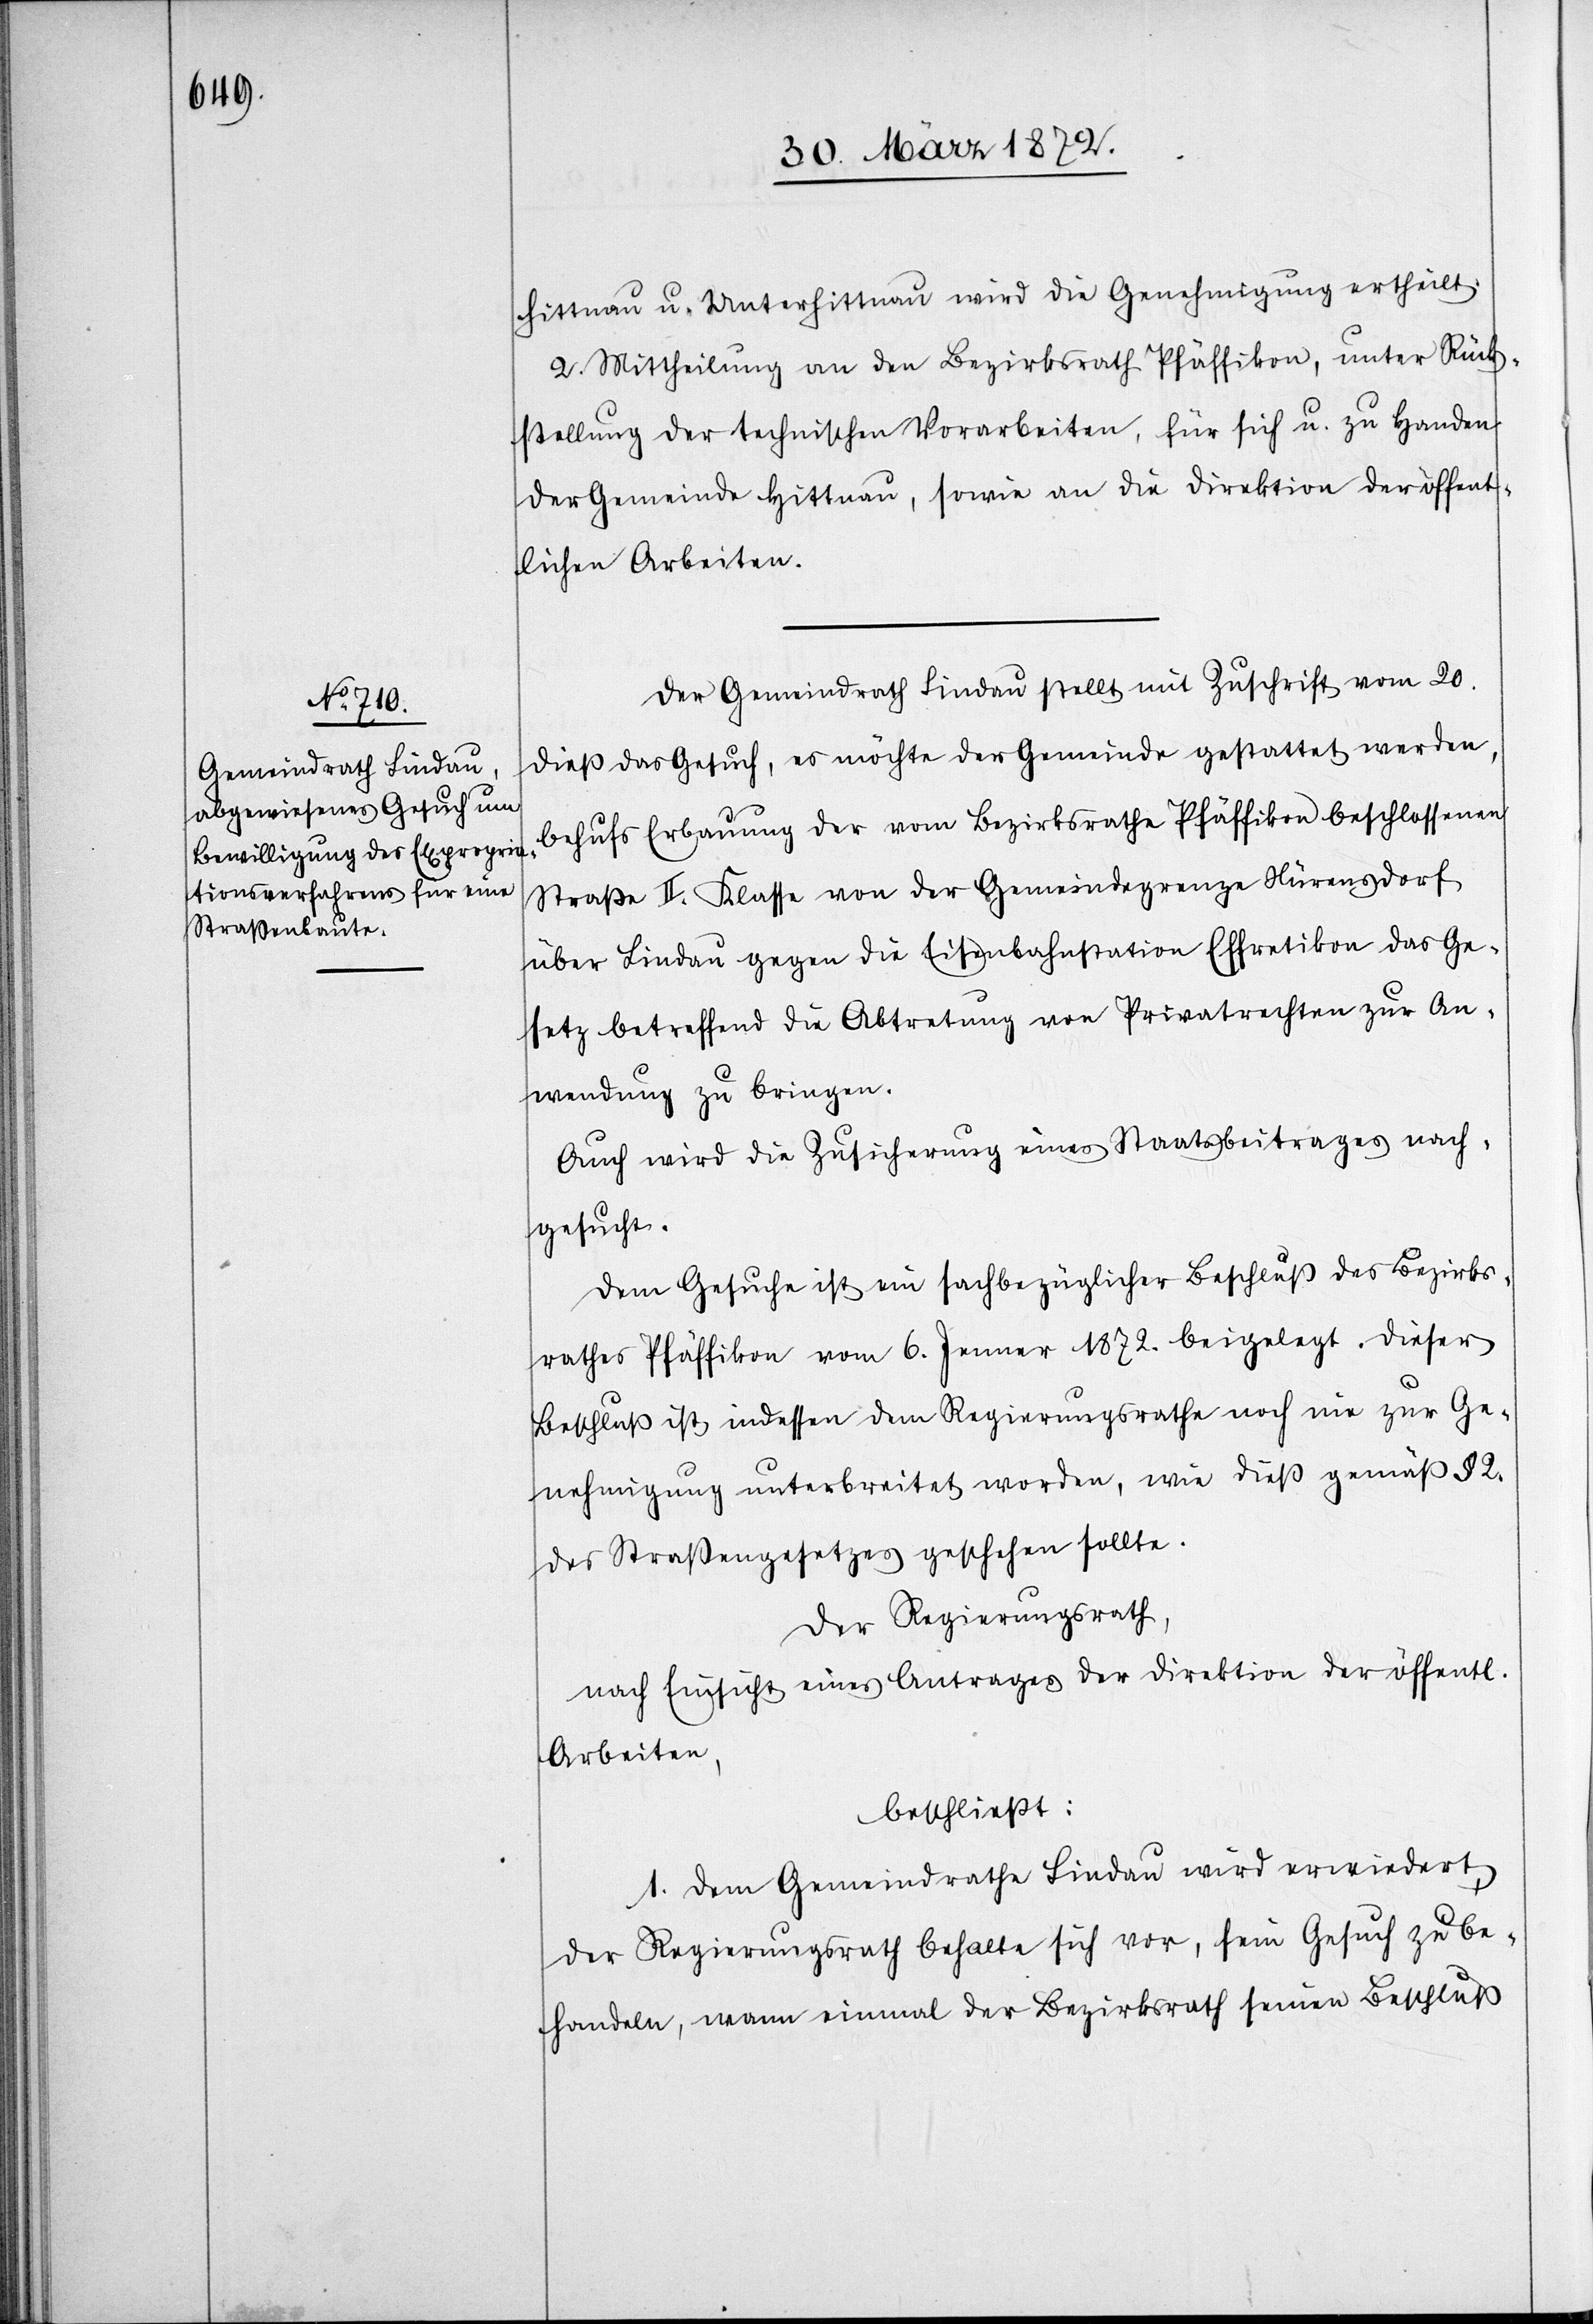
hittnau u. Unterhittnau wird die Genehmigung ertheilt.
2. Mittheilung an den Bezirksrath Pfäffikon, unter Rück¬
stellung der technischen Vorarbeiten, für sich u. zu Handen
der Gemeinde Hittnau, sowie an die Direktion der öffent¬
lichen Arbeiten.
Der Gemeindrath Lindau stellt mit Zuschrift vom 20.
dieß das Gesuch, es möchte der Gemeinde gestattet werden,
behufs Erbauung der vom Bezirksrathe Pfäffikon beschlossenen
Straße II. Klasse von der Gemeindegrenze Nürensdorf
über Lindau gegen die Eisenbahnstation Effretikon das Ge¬
setz betreffend die Abtretung von Privatrechten zur An¬
wendung zu bringen.
Auch wird die Zusicherung eines Staatsbeitrages nach¬
gesucht.
Dem Gesuche ist ein sachbezüglicher Beschluß des Bezirks¬
rathes Pfäffikon vom 6. Jenner 1872. beigelegt. Dieser
Beschluß ist indessen dem Regierungsrathe noch nie zur Ge¬
nehmigung unterbreitet worden, wie dieß gemäß § 2.
des Straßengesetzes geschehen sollte.
Der Regierungsrath,
nach Einsicht eines Antrages der Direktion der öffentl.
Arbeiten,
beschließt:
1. Dem Gemeindrathe Lindau wird erwiedert,
der Regierungsrath behalte sich vor, sein Gesuch zu be¬
handeln, wann einmal der Bezirksrath seinen Beschluß